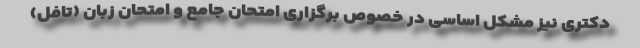
دکتری نیز مشکل اساسی در خصوص برگزاری امتحان جامع و امتحان زبان (تافل)